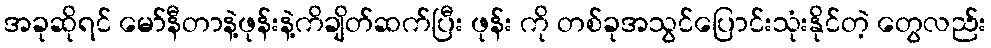
အခုဆိုရင် မော်နီတာနဲ့ဖုန်းနဲ့ကိချိတ်ဆက်ပြီး ဖုန်း ကို တစ်ခုအသွင်ပြောင်းသုံးနိုင်တဲ့ တွေလည်း